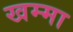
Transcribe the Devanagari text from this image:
खम्मा